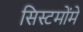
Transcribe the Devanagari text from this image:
सिस्टमोंमे